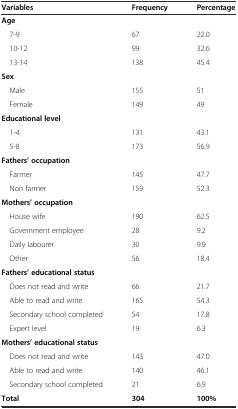
| Variables | Frequency | Percentage |
 | --- | --- | --- |
 | Age |  |  |
 | 7-9 | 67 | 22.0 |
 | 10-12 | 99 | 32.6 |
 | 13-14 | 138 | 45.4 |
 | Sex |  |  |
 | Male | 155 | 51 |
 | Female | 149 | 49 |
 | Educational level |  |  |
 | 1-4 | 131 | 43.1 |
 | 5-8 | 173 | 56.9 |
 | Fathers’ occupation |  |  |
 | Farmer | 145 | 47.7 |
 | Non farmer | 159 | 52.3 |
 | Mothers’ occupation |  |  |
 | House wife | 190 | 62.5 |
 | Government employee | 28 | 9.2 |
 | Daily labourer | 30 | 9.9 |
 | Other | 56 | 18.4 |
 | Fathers’ educational status |  |  |
 | Does not read and write | 66 | 21.7 |
 | Able to read and write | 165 | 54.3 |
 | Secondary school completed | 54 | 17.8 |
 | Expert level | 19 | 6.3 |
 | Mothers’ educational status |  |  |
 | Does not read and write | 143 | 47.0 |
 | Able to read and write | 140 | 46.1 |
 | Secondary school completed | 21 | 6.9 |
 | Total | 304 | 100% |